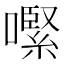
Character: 𡁵